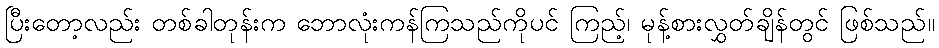
ပြီးတော့လည်း တစ်ခါတုန်းက ဘောလုံးကန်ကြသည်ကိုပင် ကြည့်၊ မုန့်စားလွှတ်ချိန်တွင် ဖြစ်သည်။